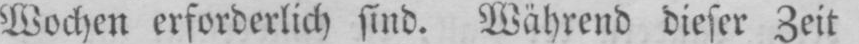
Wochen erforderlich sind. Während dieser Zeit